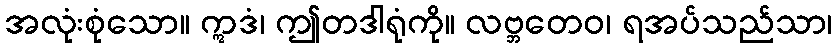
အလုံးစုံသော။ ဣဒံ၊ ဤတဒါရုံကို။ လဗ္ဘတေဝ၊ ရအပ်သည်သာ၊